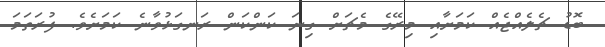
ބޮޑު ޗެލެއްޖެއް ކަމަށާއި މިރޭގެ މެޗަށް ގިނަ ކަންކަން ރަނގަޅުވާނެ ކަމަށެވެ. ފުރަތަމަ